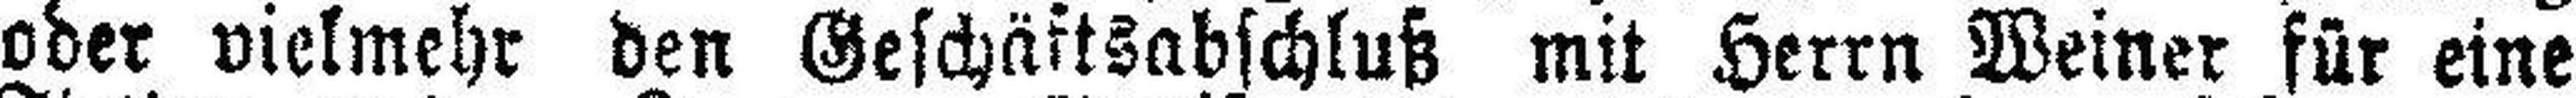
oder vielmehr den Geschäftsabschluß mit Herrn Weiner für eine